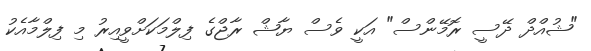
"ޝުއްދް ދޭސީ ރޮމޭންސް" އަކީ ވެސް ޔާޝް ރާޖްގެ ފިލްމަކަށްވީއިރު މި ފިލްމާއެކު